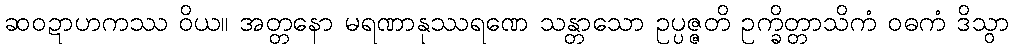
ဆဝဍာဟကဿ ဝိယ။ အတ္တနော မရဏာနုဿရဏေ သန္တာသော ဥပ္ပဇ္ဇတိ ဥက္ခိတ္တာသိကံ ဝဓကံ ဒိသွာ